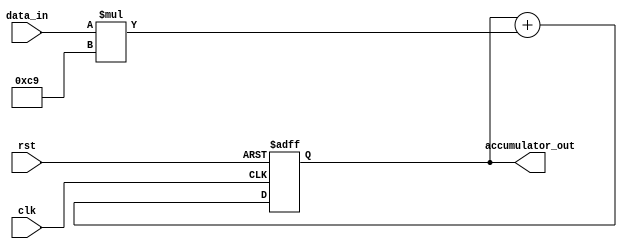
module fir_filter_accumulator (
    input wire clk,
    input wire rst,
    input wire [7:0] data_in,
    output wire [15:0] accumulator_out
);

reg [15:0] accumulator;

always @ (posedge clk or posedge rst) begin
    if (rst) begin
        accumulator <= 16'b0;
    end else begin
        accumulator <= accumulator + (data_in * 8'b11001001); // Example coefficient for multiplication
    end
end

assign accumulator_out = accumulator;

endmodule